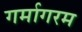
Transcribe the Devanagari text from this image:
गर्मागरम